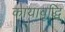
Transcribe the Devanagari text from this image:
कायावृद्धि